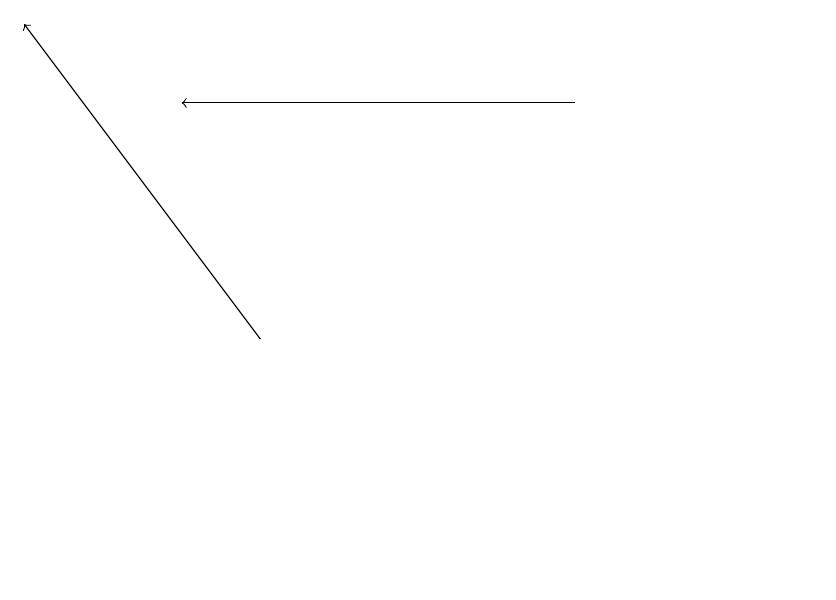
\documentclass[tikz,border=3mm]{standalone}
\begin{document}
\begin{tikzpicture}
\draw[->] (8,18) -- (3,18);
\draw (11,12) circle (0);
\draw[->] (4,15) -- (1,19);
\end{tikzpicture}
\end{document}